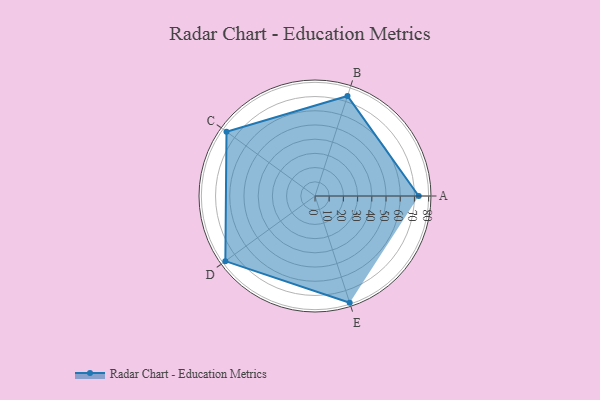
{"axis": {"x": "Skill", "y": "Score"}, "legend": ["Profile"], "data": [{"x": "A", "y": 73.0, "type": "Profile"}, {"x": "B", "y": 74.0, "type": "Profile"}, {"x": "C", "y": 77.0, "type": "Profile"}, {"x": "D", "y": 78.0, "type": "Profile"}, {"x": "E", "y": 79.0, "type": "Profile"}]}